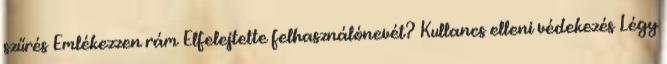
szűrés Emlékezzen rám Elfelejtette felhasználónevét? Kullancs elleni védekezés Légy